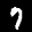
Label: 7